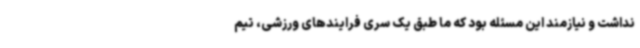
نداشت و نیازمند این مسئله‌ بود که ما طبق یک سری فرایندهای ورزشی، تیم